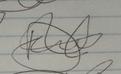
Signature authenticity: forged